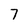
Character: 7